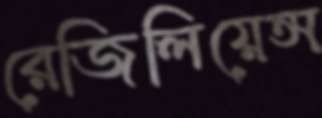
রেজিলিয়েন্স